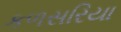
કળસરિયા